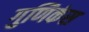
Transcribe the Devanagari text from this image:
गुणिकंस